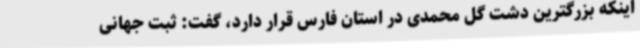
اینکه بزرگترین دشت گل محمدی در استان فارس قرار دارد، گفت: ثبت جهانی